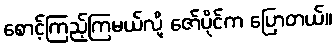
စောင့်ကြည့်ကြမယ်လို့ ဇော်ပိုင်က ပြောတယ်။